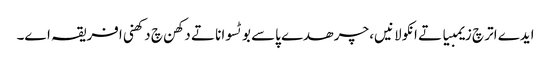
ایدے اتر چ زیمبیا تے انکولا نیں، چرھدے پاسے بوٹسوانا تے دکھن چ دکھنی افریقہ اے۔